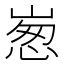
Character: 𡹸